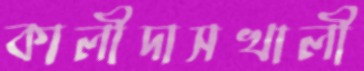
কালীদাসখালী